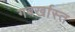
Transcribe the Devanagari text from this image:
गबर्खास्‍त